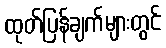
ထုတ်ပြန်ချက်များတွင်